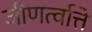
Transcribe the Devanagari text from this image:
जीणर्त्वात्ते